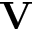
\mathbf { V }